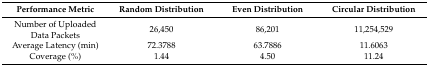
<table><thead><tr><td><b>Performance Metric</b></td><td><b>Random Distribution</b></td><td><b>Even Distribution</b></td><td><b>Circular Distribution</b></td></tr></thead><tbody><tr><td>Number of Uploaded Data Packets</td><td>26,450</td><td>86,201</td><td>11,254,529</td></tr><tr><td>Average Latency (min)</td><td>72.3788</td><td>63.7886</td><td>11.6063</td></tr><tr><td>Coverage (%)</td><td>1.44</td><td>4.50</td><td>11.24</td></tr></tbody></table>